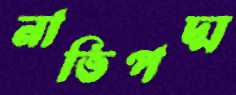
নাভিপদ্ম